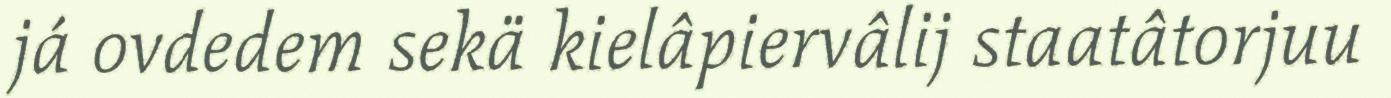
já ovdedem sekä kielâpiervâlij staatâtorjuu